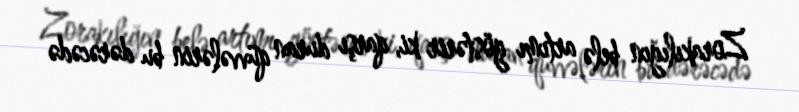
Zorakılığın belə artımı göstərir ki, qarşı duran qüvvələrin bu dərəcədə